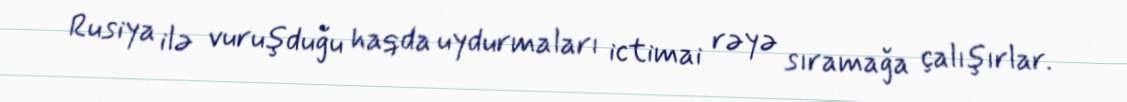
Rusiya ilə vuruşduğu haqda uydurmaları ictimai rəyə sıramağa çalışırlar.